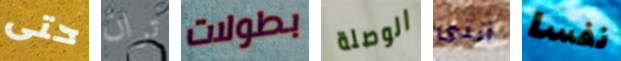
حتى تران بطولات الوصلة انتى نفسا